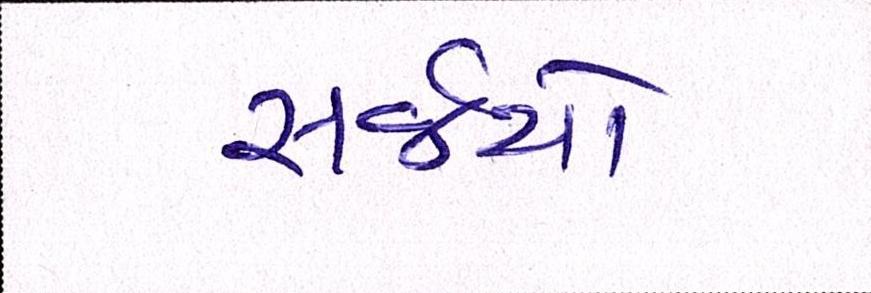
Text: સર્જયો